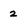
Character: 2